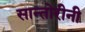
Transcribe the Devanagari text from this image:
सान्तोरीनी